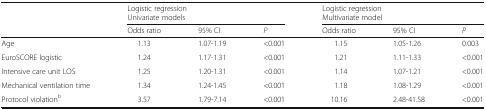
<table><thead><tr><td rowspan="2"></td><td colspan="3"><b>Logistic regressionUnivariate models</b></td><td colspan="3"><b>Logistic regressionMultivariate model</b></td></tr><tr><td><b>Odds ratio</b></td><td><b>95% CI</b></td><td><b><i>P</i></b></td><td><b>Odds ratio</b></td><td><b>95% CI</b></td><td><b><i>P</i></b></td></tr></thead><tbody><tr><td>Age</td><td>1.13</td><td>1.07-1.19</td><td>&lt;0.001</td><td>1.15</td><td>1.05-1.26</td><td>0.003</td></tr><tr><td>EuroSCORE logistic</td><td>1.24</td><td>1.17-1.31</td><td>&lt;0.001</td><td>1.21</td><td>1.11-1.33</td><td>&lt;0.001</td></tr><tr><td>Intensive care unit LOS</td><td>1.25</td><td>1.20-1.31</td><td>&lt;0.001</td><td>1.14</td><td>1.07-1.21</td><td>&lt;0.001</td></tr><tr><td>Mechanical ventilation time</td><td>1.34</td><td>1.24-1.45</td><td>&lt;0.001</td><td>1.18</td><td>1.08-1.29</td><td>&lt;0.001</td></tr><tr><td>Protocol violation<sup>b</sup></td><td>3.57</td><td>1.79-7.14</td><td>&lt;0.001</td><td>10.16</td><td>2.48-41.58</td><td>&lt;0.001</td></tr></tbody></table>